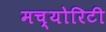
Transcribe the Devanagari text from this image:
मच्योरिटी